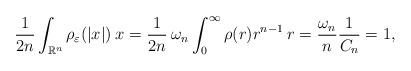
LaTeX: \begin{align*}\frac{1}{2n}\int_{\mathbb{R}^n}\rho_\varepsilon(|x|)\:x = \frac{1}{2n}\:\omega_n\int_{0}^\infty\rho(r)r^{n-1}\:r = \frac{\omega_n}{n}\frac{1}{C_n} = 1,\end{align*}